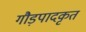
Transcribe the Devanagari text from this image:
गौड़पादकृत